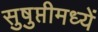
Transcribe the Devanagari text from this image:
सुषुप्तीमध्यें